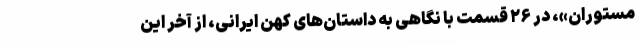
مستوران»، در ۲۶ قسمت با نگاهی به داستان‌های کهن ایرانی، از آخر این